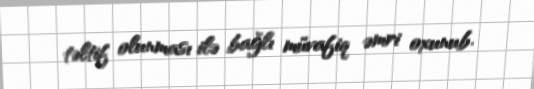
təltif olunması ilə bağlı müvafiq əmri oxunub.